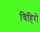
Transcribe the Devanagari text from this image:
चिहिरो